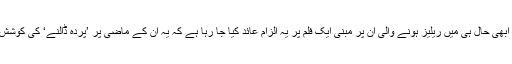
لیکن ابھی حال ہی میں ریلیز ہونے والی ان پر مبنی ایک فلم پر یہ الزام عائد کیا جا رہا ہے کہ یہ ان کے ماضی پر ’پردہ ڈالنے‘ کی کوشش ہے۔